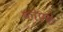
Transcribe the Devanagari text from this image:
कोपके